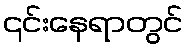
၎င်းနေရာတွင်